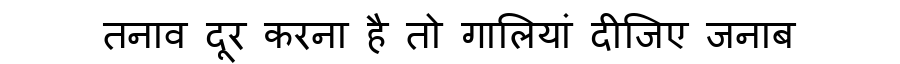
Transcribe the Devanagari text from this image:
तनाव दूर करना है तो गालियां दीजिए जनाब